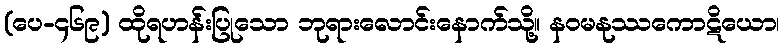
(ပေ-၄၆၉) ထိုရဟန်းပြုသော ဘုရားလောင်းနောက်သို့။ နဝမနုဿကောဋိယော၊